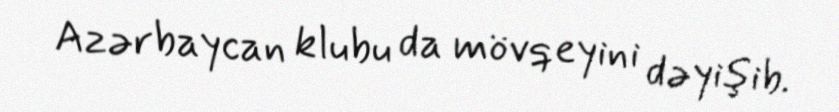
Azərbaycan klubu da mövqeyini dəyişib.